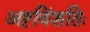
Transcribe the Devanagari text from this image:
अष्टविंशतिः